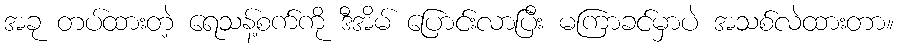
အခု တပ်ထားတဲ့ ရေသန့်စက်ကို ဒီအိမ် ပြောင်းလာပြီး မကြာခင်မှာပဲ အသစ်လဲထားတာ။